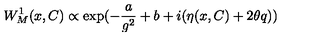
W _ { M } ^ { 1 } ( x , C ) \propto \exp ( - \frac { a } { g ^ { 2 } } + b + i ( \eta ( x , C ) + 2 \theta q ) )